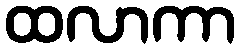
ထလာကာ